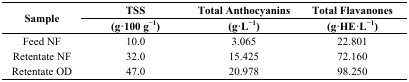
<table><thead><tr><td rowspan="2"><b>Sample</b></td><td><b>TSS</b></td><td><b>Total Anthocyanins</b></td><td><b>Total Flavanones</b></td></tr><tr><td><b>(g·100 g<sup>−1</sup>)</b></td><td><b>(g·L<sup>−1</sup>)</b></td><td><b>(g·HE·L<sup>−1</sup>)</b></td></tr></thead><tbody><tr><td>Feed NF</td><td>10.0</td><td>3.065</td><td>22.801</td></tr><tr><td>Retentate NF</td><td>32.0</td><td>15.425</td><td>72.160</td></tr><tr><td>Retentate OD</td><td>47.0</td><td>20.978</td><td>98.250</td></tr></tbody></table>